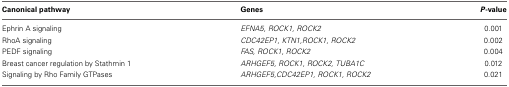
<table><thead><tr><td><b>Canonical pathway</b></td><td><b>Genes</b></td><td><b><i>P</i>-value</b></td></tr></thead><tbody><tr><td>Ephrin A signaling</td><td><i>EFNA5, ROCK1, ROCK2</i></td><td>0.001</td></tr><tr><td>RhoA signaling</td><td><i>CDC42EP1, KTN1,ROCK1, ROCK2</i></td><td>0.002</td></tr><tr><td>PEDF signaling</td><td><i>FAS, ROCK1, ROCK2</i></td><td>0.004</td></tr><tr><td>Breast cancer regulation by Stathmin 1</td><td><i>ARHGEF5, ROCK1, ROCK2, TUBA1C</i></td><td>0.012</td></tr><tr><td>Signaling by Rho Family GTPases</td><td><i>ARHGEF5,CDC42EP1, ROCK1, ROCK2</i></td><td>0.021</td></tr></tbody></table>